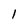
Character: I